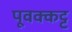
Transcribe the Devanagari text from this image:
पूवक्कट्ट